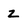
Character: z